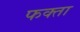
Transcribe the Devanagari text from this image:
फक्ता